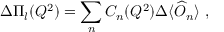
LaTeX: \Delta \Pi _ { l } ( Q ^ { 2 } ) = \sum _ { n } C _ { n } ( Q ^ { 2 } ) \Delta \langle \widehat { O } _ { n } \rangle \ ,